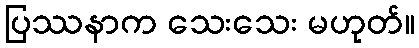
ပြဿနာက သေးသေး မဟုတ်။